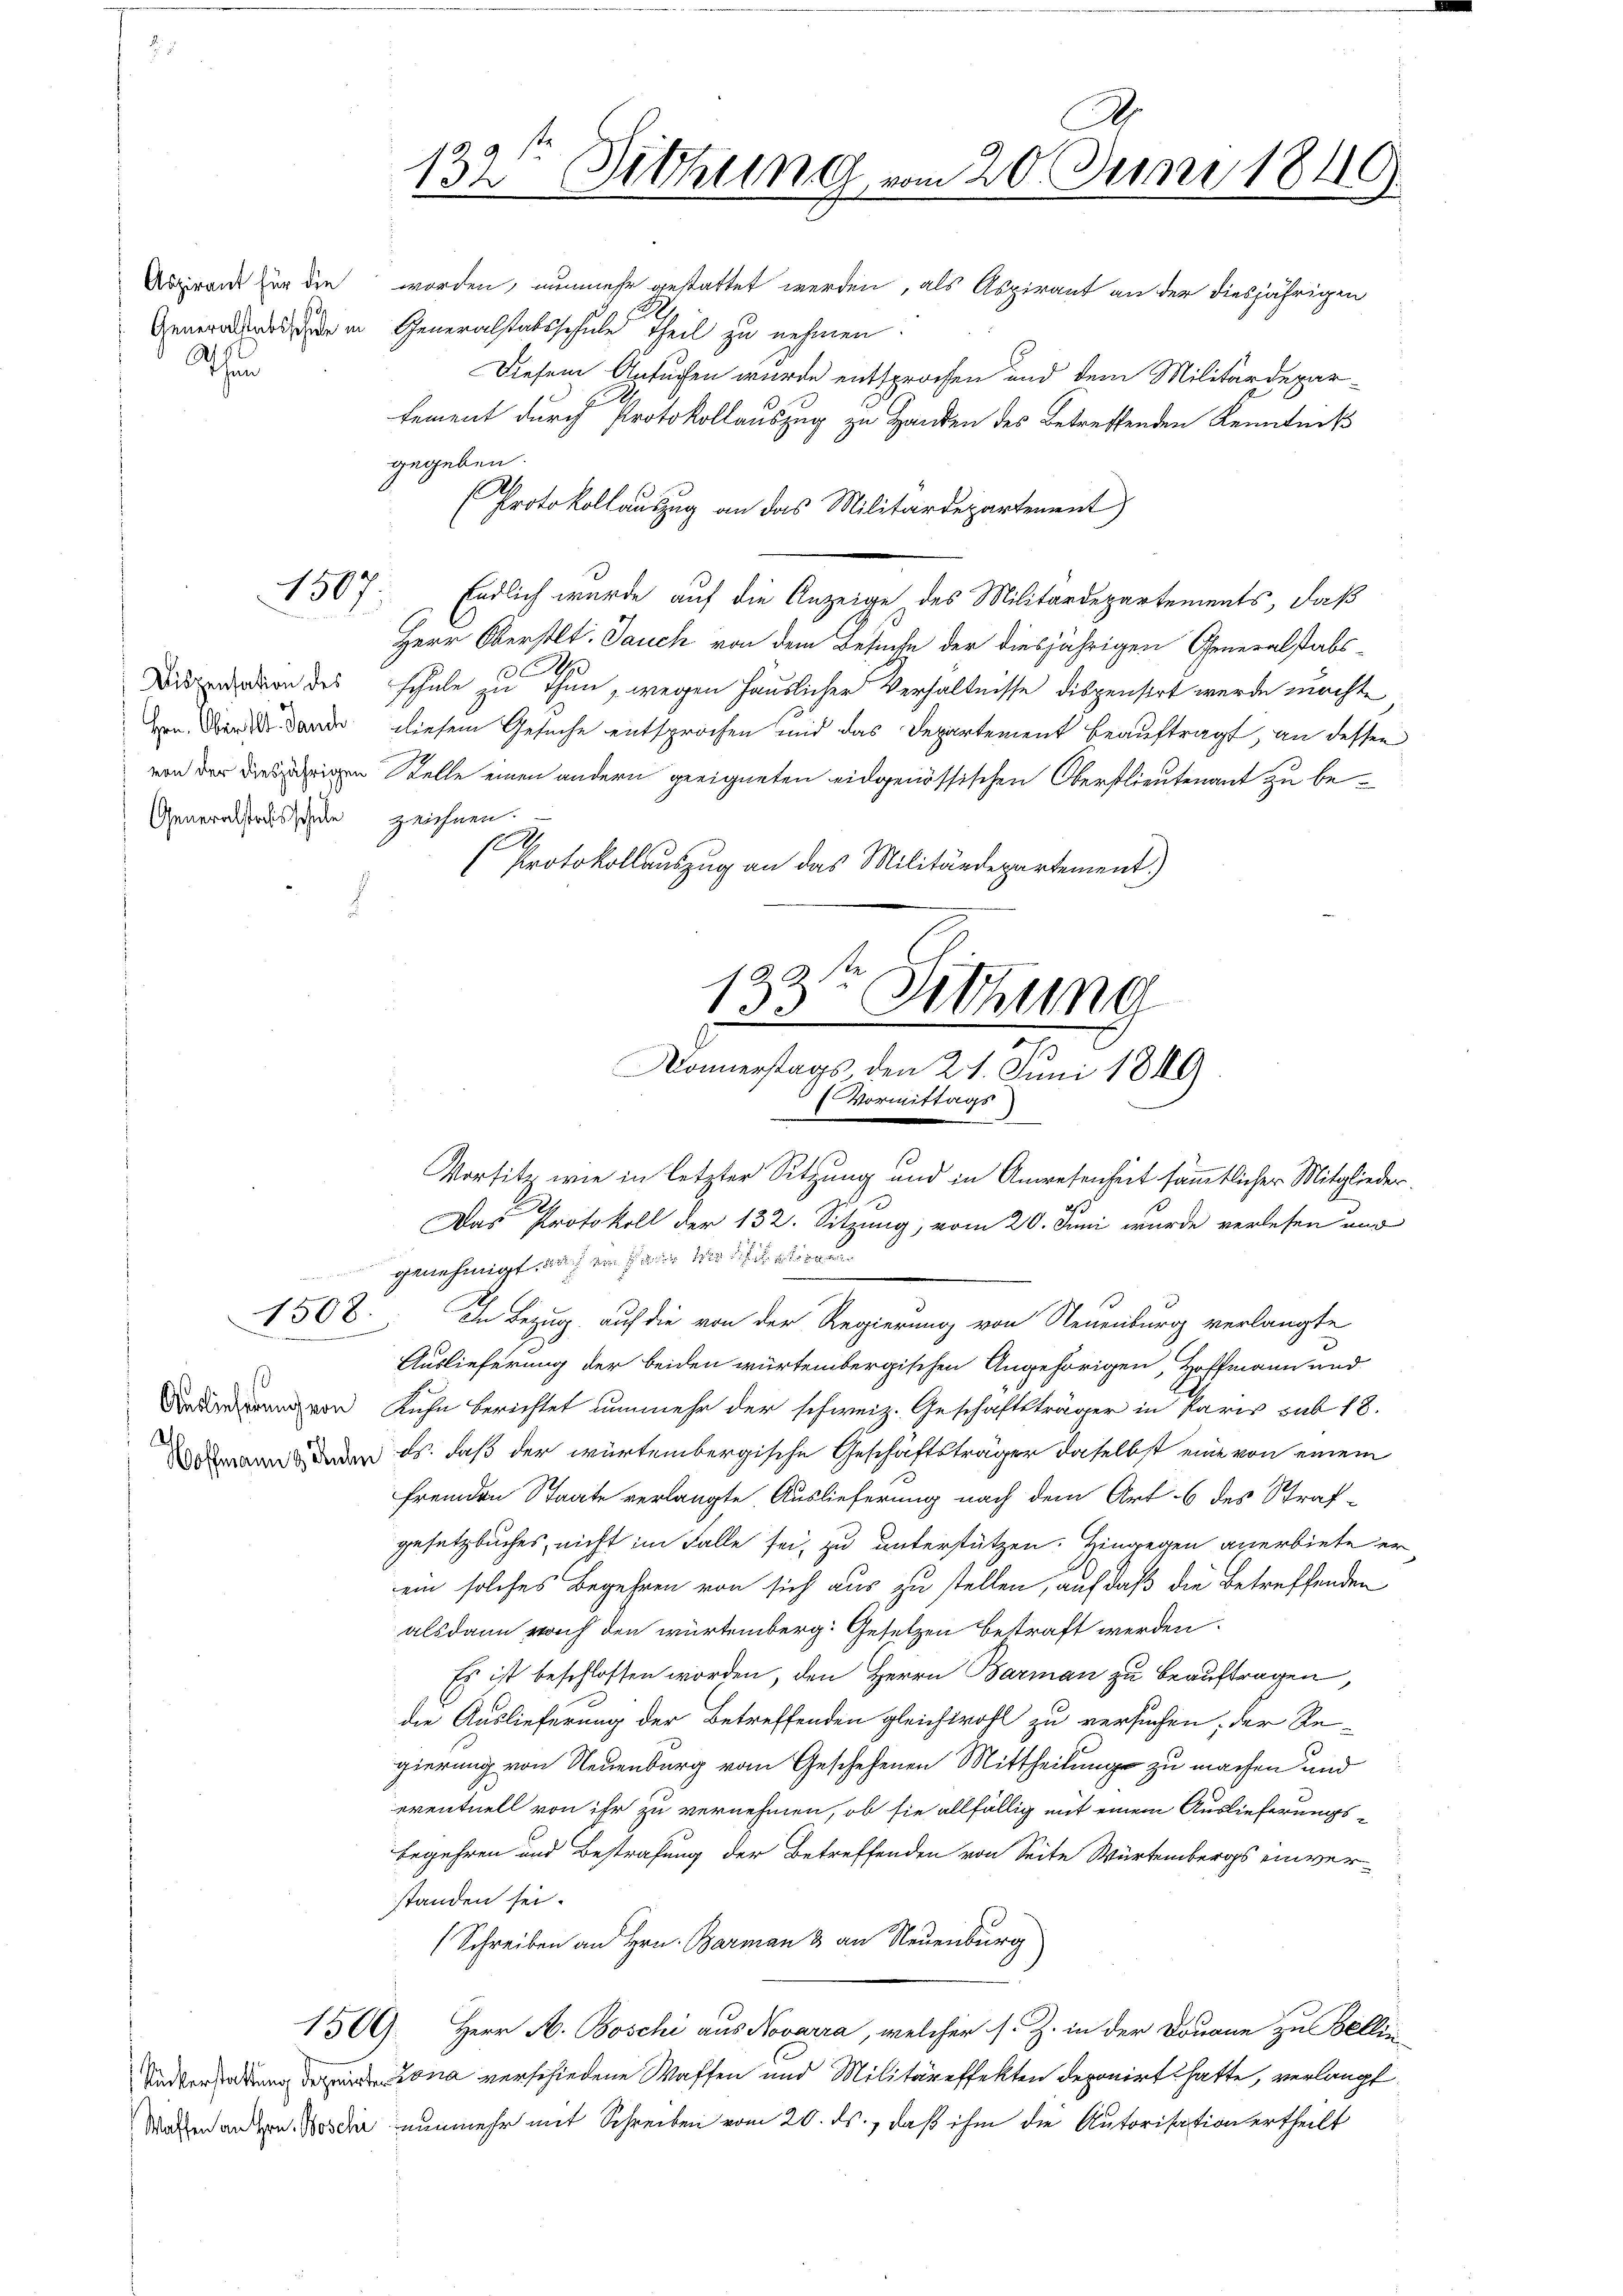
Aspirant für die
Sthan

1507

Dispensation des
Hrn. Ober 1. Jauch
Generalstaatsschule

1508.

10
Auslieferung von
Hoffmann & Rech

132 Sitzung vom 20. Juni 1849

worden, nunmehr gestattet werden, als Aspirant an der diesjährigen
Generators de in Generalstatsschule Theil zu nehmen.
Diesem Ansuchen wurde entsprochen und dem Militärdeparlement durch Protokollauszug zu Handen des Betreffenden Kenntniß
gegeben.
.
Protokollauszug an das Militärdepartement
Endlich wurde auf die Anzeige des Militärdepartements, daß
Herr Oberstlt. Jauch von dem Besuche der diesjährigen Generalstabsschule zu Thun, wegen Häuslicher Verhältnisse dispensirt werde durchte
diesem Gesuche entsprochen und das Departement beauftragt, an dessen
von der eigen Stelle einen andern geeigneten eidgenössischen Oberstlieutenant zu bezeichnen.
1
Protokollauszug an das Militärdepartement.)

133. Sitzung
8.
Donnerstags den 21. Juni 1849
f Vormittags

Vorsitz wie in letzter Sitzung und in Anwesenheit sämmtlicher Mitglieder.
Das Protokoll der 132. Sitzung, vom 20. Juni wurde verlesen und
genehmigt, da ein Par wir die liegen
v
In Bezug auf die von der Regierung von Neuenburg verlangte
Auslieferung der beiden würtembergischen Angehörigen, Hoffmann und
Kuhn berichtet nunmehr der schweiz. Geschaftsträger in Paris sub 18.
 ds. daß der würtembergische Geschäftsträger daselbst eine von einem
fremden Staate verlangte Auslieferung nach dem Art. 6 des Straf-
gesetzbuches, nicht im Falle sei, zu unterstützen. Hingegen anerbiete er
ein solches Begehren von sich aus zu stellen, auf daß die Betreffenden
alsdann noch den würtemberg. Gesetzen betraft werden.
Es ist beschlossen worden, den Herrn Barman zu beauftragen,
die Auslieferung der Betreffenden gleichwohl zu versuchen, der Re-
gierung von Neuenburg vom Geschehenen Mittheilung zu machen und
eventuell von ihr zu vernehmen, ob sie allfällig mit einem Auslieferungsbegehren und Bestrafung der Betreffenden von Seite Würtembergs einverstanden sei.
(Schreiben an Hrn. Barman 3 an Neuenburg
1509. Herr A. Boschi aus Novarra, welcher s. Z. in der Douane zu Bellin
Undversoldung der ein Lona verschiedene Waffen und Militäreffekten deponirt hatte, verlangt
Wachen anden Moser nunmehr mit Schreiben vom 20. ds., daß ihm die Autorisation ertheilt